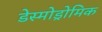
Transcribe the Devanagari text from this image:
डेस्मोड्रोमिक